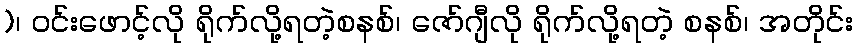
)၊ ဝင်းဖောင့်လို ရိုက်လို့ရတဲ့စနစ်၊ ဇော်ဂျီလို ရိုက်လို့ရတဲ့ စနစ်၊ အတိုင်း